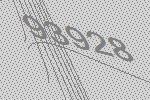
93928